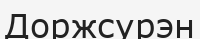
Доржсурэн